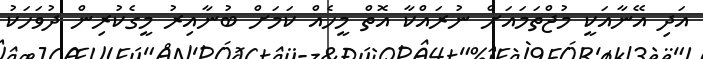
އަދި އޭނާއަކީ މުޖްތަމައަށް ނުރައްކާ އޮތް މީހެއް ކަމަށް ބުނާއިރު މީގެކުރިން ދުވަހަކު